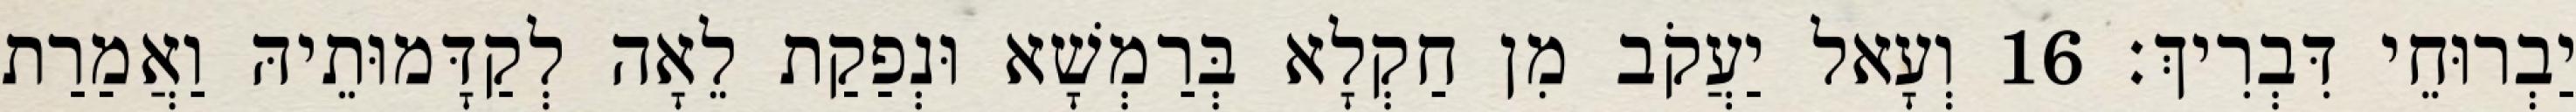
יַבְרוּחֵי דִּבְרִיךְ׃ 16 וְעָאל יַעֲקֹב מִן חַקְלָא בְּרַמְשָׁא וּנְפַקַת לֵאָה לְקַדָּמוּתֵיהּ וַאֲמַרַת